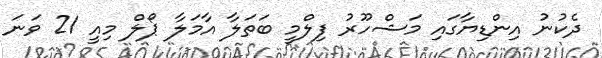
ދެކުނު އިންޑިޔާގައި މަޝްހޫރު ފިލްމީ ބަތަލާ އާމަލާ ޕޯލް މިއީ 21 ވަނަ